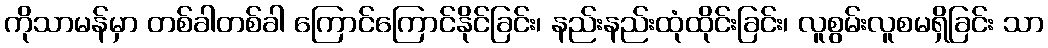
ကိုသာမန်မှာ တစ်ခါတစ်ခါ ကြောင်ကြောင်နိုင်ခြင်း၊ နည်းနည်းထုံထိုင်းခြင်း၊ လူစွမ်းလူစမရှိခြင်း သာ